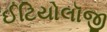
ઈટિયોલૉજી